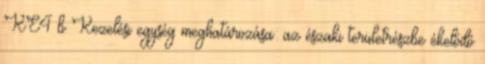
KE4 b Kezelési egység meghatározása: az északi területrészbe ékelődő